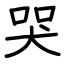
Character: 哭